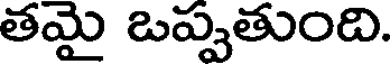
తమై ఒప్పతుంది.